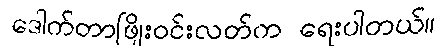
ဒေါက်တာဖြိုးဝင်းလတ်က ရေးပါတယ်။